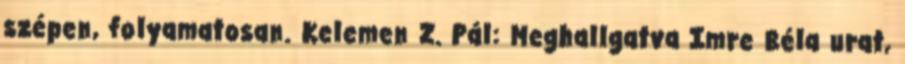
szépen, folyamatosan. Kelemen Z. Pál: Meghallgatva Imre Béla urat,